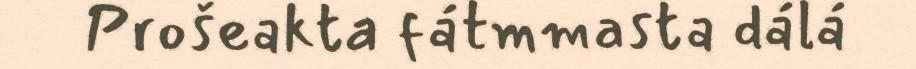
Prošeakta fátmmasta dálá